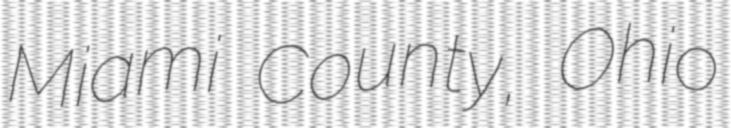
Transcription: Miami County, Ohio